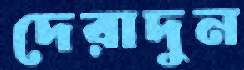
দেরাদুন